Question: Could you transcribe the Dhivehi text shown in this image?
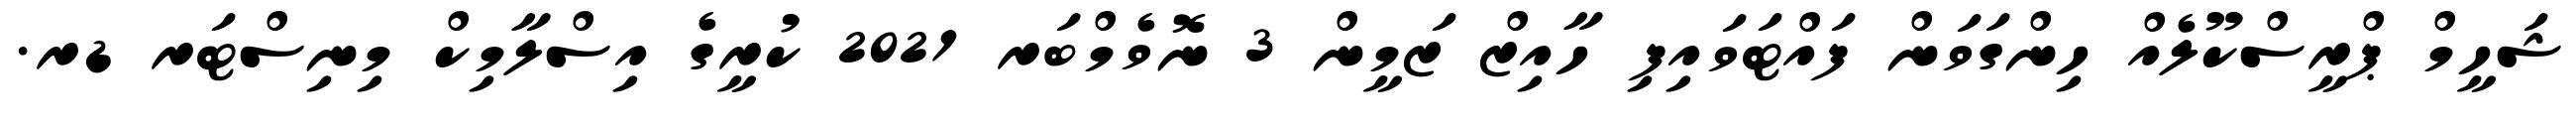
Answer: ޝަހީމް ޕްރީސްކޫލެއް ހިންގަވަން ފައްޓަވައިފި ހާއިޒް ޒަމީން 3 ނޮވެމްބަރ 2021 ކުރީގެ އިސްލާމިކް މިނިސްޓަރ ޑރ.